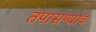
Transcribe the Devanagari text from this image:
तपासण्याचे